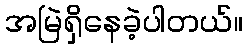
အမြဲရှိနေခဲ့ပါတယ်။